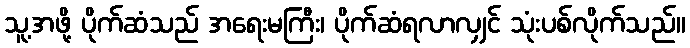
သူ့အဖို့ ပိုက်ဆံသည် အရေးမကြီး၊ ပိုက်ဆံရလာလျှင် သုံးပစ်လိုက်သည်။